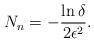
LaTeX: \begin{align*}\setlength{\abovedisplayskip}{0 pt}\setlength{\belowdisplayskip}{3 pt}N_{n}=- \frac{{\ln \delta }}{{2{\epsilon ^2}}}.\end{align*}